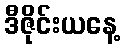
ဒီဇိုင်းယနေ့